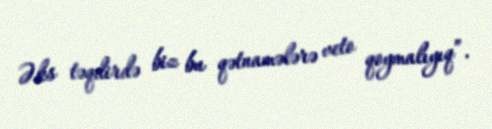
Əks təqdirdə biz bu qətnamələrə veto qoymalıyıq”.